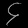
Digit: ၄